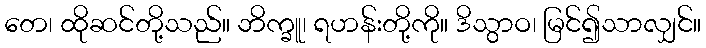
တေ၊ ထိုဆင်တို့သည်။ ဘိက္ခူ၊ ရဟန်းတို့ကို။ ဒိသွာဝ၊ မြင်၍သာလျှင်။